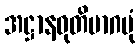
အဋ္ဌာနဝုတိမာဂမုံ